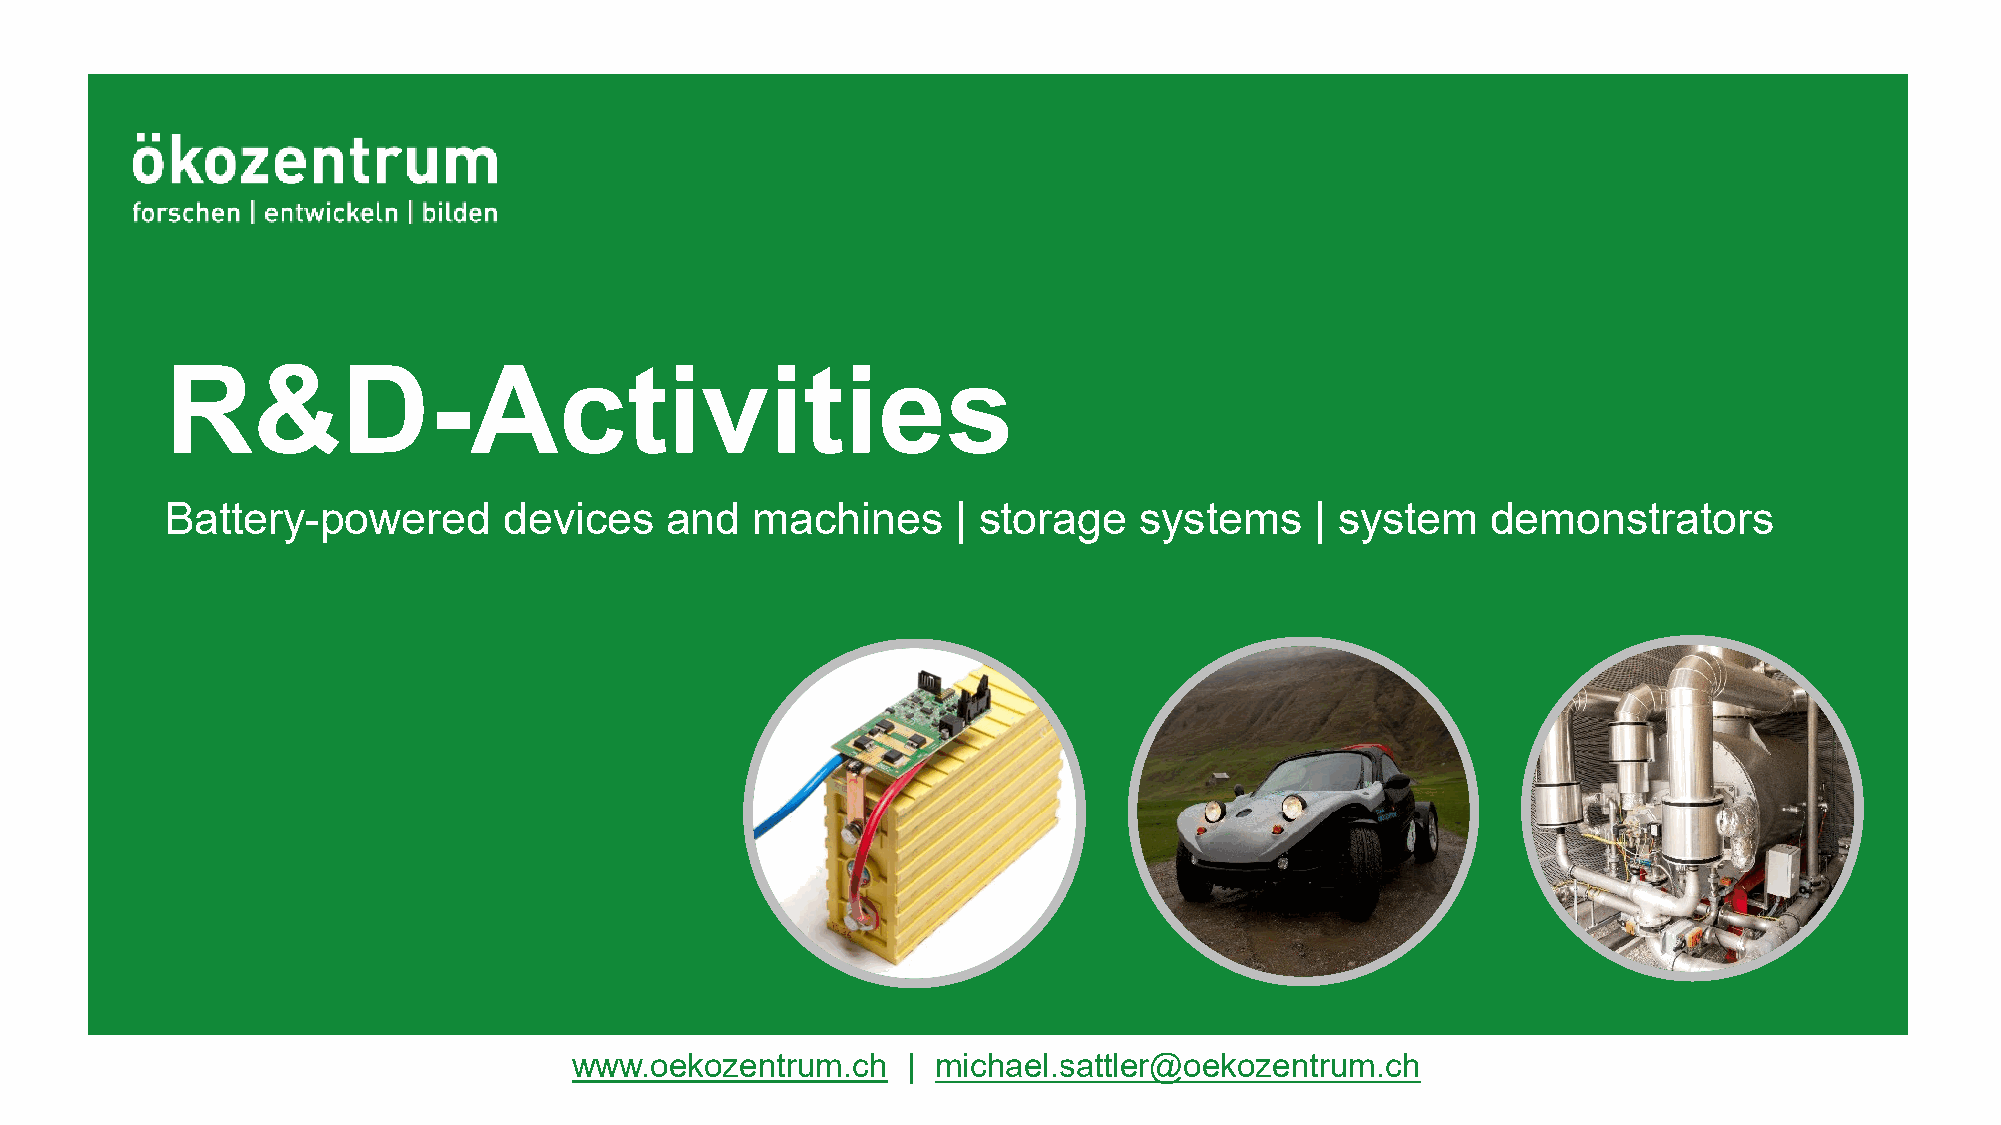
R&D-Activities
 Battery-powered       devices    and   machines     | storage   systems     | system    demonstrators
 www.oekozentrum.ch    | michael.sattler@oekozentrum.ch